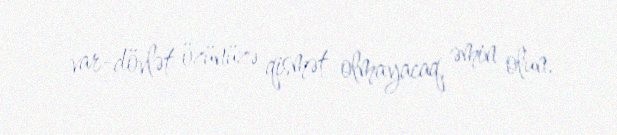
var-dövlət özünüzə qismət olmayacaq, əmin olun.